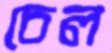
চেল